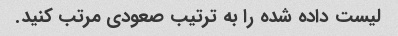
لیست داده شده را به ترتیب صعودی مرتب کنید.